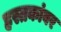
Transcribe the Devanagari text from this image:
हस्तकांवर